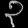
Digit: ၃